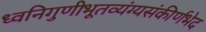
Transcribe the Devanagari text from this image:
ध्वनिगुणीभूतव्यंग्यसंकीर्णभेद